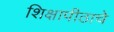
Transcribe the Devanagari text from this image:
शिक्षापीठाचे